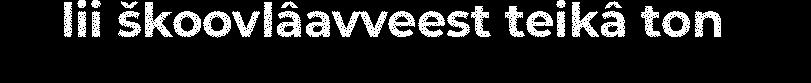
lii škoovlâavveest teikâ ton